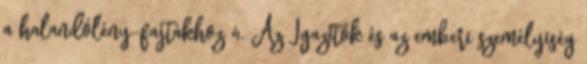
a halandólény-fajtákhoz 4. Az Igazítók és az emberi személyiség